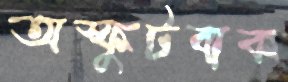
অস্ফুটবাক